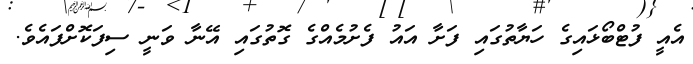
އެއީ ފުޓްބޯޅައިގެ ހަޔާތުގައި ފަށާ އައު ފެށުމެއްގެ ގޮތުގައި އޭނާ ވަނީ ސިފަކޮށްފައެވެ.